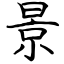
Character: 景